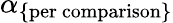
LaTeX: \alpha_{\mathrm{\{ per\ comparison\} }}